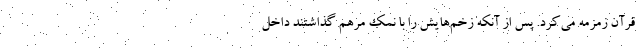
قرآن زمزمه می‌کرد. پس‌ از آنکه زخم‌هایش را با نمک مرهم گذاشتند داخل